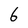
Character: 6